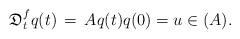
LaTeX: \begin{align*}\mathfrak{D}_t^f q(t) \, = \, Aq(t) q(0) = u \in (A).\end{align*}